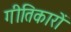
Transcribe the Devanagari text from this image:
गीतिकारों